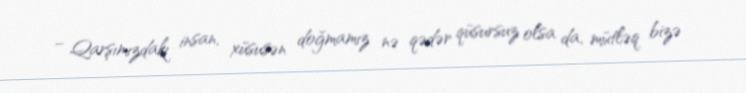
– Qarşımızdakı insan, xüsusən doğmamız nə qədər qüsursuz olsa da, mütləq bizə